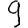
Digit: 9